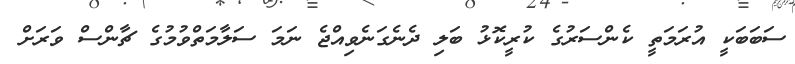
ސަބަބަކީ އުރަމަތީ ކެންސަރުގެ ކުރީކޮޅު ބަލި ދެނެގަނެވިއްޖެ ނަމަ ސަލާމަތްވުމުގެ ޗާންސް ވަރަށް